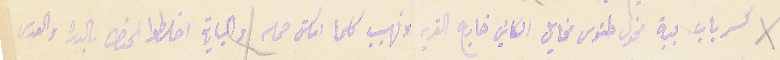
كسر باب بية مخول طنوس مخايل الكاين خارج القريه ونهيب كلما امكن حمله والباقي اخلطوا الحنطه بالدره والعدس